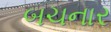
બચનાર